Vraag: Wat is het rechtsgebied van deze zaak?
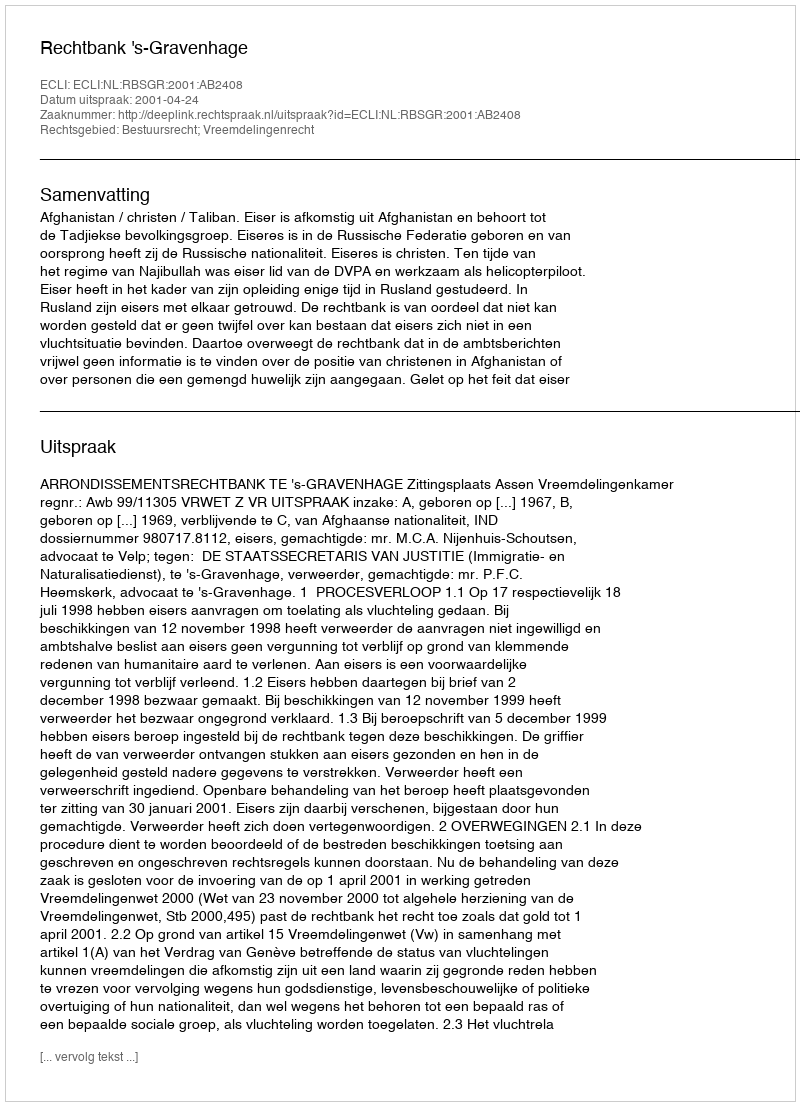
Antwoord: Bestuursrecht; Vreemdelingenrecht